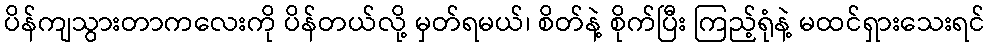
ပိန်ကျသွားတာကလေးကို ပိန်တယ်လို့ မှတ်ရမယ်၊ စိတ်နဲ့ စိုက်ပြီး ကြည့်ရုံနဲ့ မထင်ရှားသေးရင်